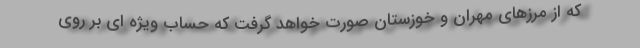
که از مرزهای مهران و خوزستان صورت خواهد گرفت که حساب ویژه ای بر روی